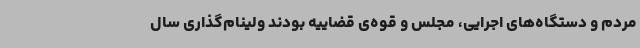
مردم و دستگاه‌های اجرایی، مجلس و قوه‌ی قضاییه بودند ولینام‌گذاری سال